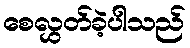
စေလွှတ်ခဲ့ပါသည်